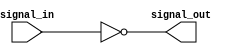
module inverting_buffer(
    input wire signal_in,
    output wire signal_out
);

assign signal_out = ~signal_in;

endmodule